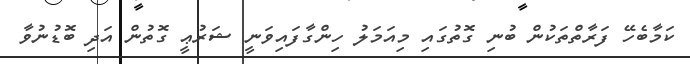
ކަމާބެހޭ ފަރާތްތަކުން ބުނި ގޮތުގައި މިއަމަލު ހިންގާފައިވަނީ ޝަރުޢީ ގޮތުން އަދި ބޮޑުނުވާ